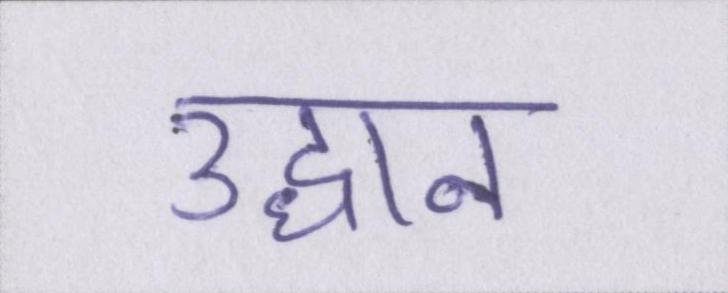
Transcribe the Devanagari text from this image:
उद्धान